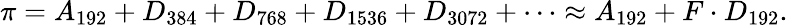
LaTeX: {}\pi=A_{192}+D_{384}+D_{768}+D_{1536}+D_{3072}+\cdots\approx A_{192}+F\cdot D_{192}.